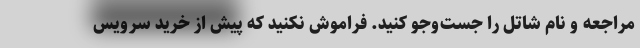
مراجعه و نام شاتل را جست‌وجو کنید. فراموش نکنید که پیش از خرید سرویس